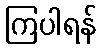
ကြပါရန်